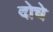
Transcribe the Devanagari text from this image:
दोचे